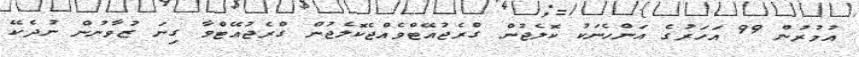
އުމުރުން 99 އަހަރުގެ އަންހެނަކު ކޮލެޖުން ގްރެޖުއޭޓްވެއްޖެކޮލެޖުން ގްރެޖުއޭޓްވާ ގިނަ ޒުވާނުން ނުދެކޭ